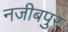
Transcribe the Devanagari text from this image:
नजीबपुर